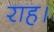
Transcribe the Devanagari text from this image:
राह।